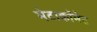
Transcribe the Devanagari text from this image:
मेटाकॉमेट